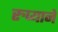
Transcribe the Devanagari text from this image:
रुप्याने